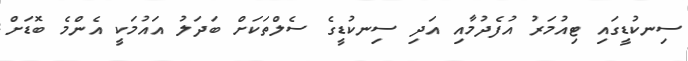
ސިނކުޑީގައި ޓިއުމަރު އުފެދުމާއި އަދި ސިނކުޑީގެ ސެލްތަކަށް ބަދަލު އައުމަކީ އެންމެ ބޮޑަށް